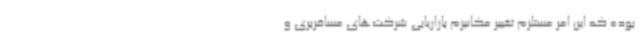
بوده که این امر مستلزم تغییر مکانیزم بازاریابی شرکت‌های مسافربری و